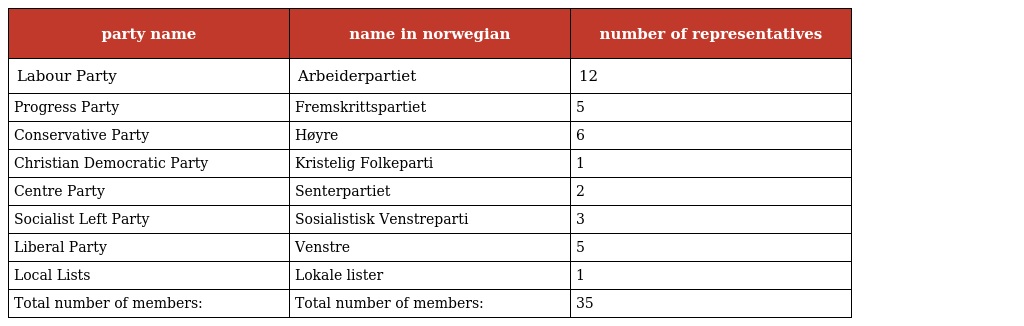
| party name | name in norwegian | number of representatives |
 | --- | --- | --- |
 | Labour Party | Arbeiderpartiet | 12 |
 | Progress Party | Fremskrittspartiet | 5 |
 | Conservative Party | Høyre | 6 |
 | Christian Democratic Party | Kristelig Folkeparti | 1 |
 | Centre Party | Senterpartiet | 2 |
 | Socialist Left Party | Sosialistisk Venstreparti | 3 |
 | Liberal Party | Venstre | 5 |
 | Local Lists | Lokale lister | 1 |
 | Total number of members: | Total number of members: | 35 |